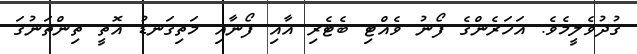
ގުދުވެލީމެވެ. އަހަރެންގެ ފޯނު ވެއްޓި ބެޓެރި އާއި ފޯނާއި މަތިގަނޑު އޮތީ ތިންތަނުގަ